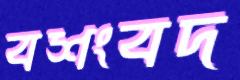
বশংবদ